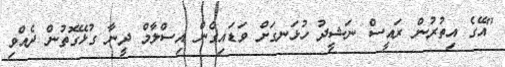
"އޭގެ އިތުރުން ރައީސް ނަޝީދު ހުޅަނގަށް ވަޑައިގެން އިސްލާމް ދީނާ ގުޅޭގޮތުން ދެއްވި